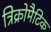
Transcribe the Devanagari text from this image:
त्रिक्रोमैटिक